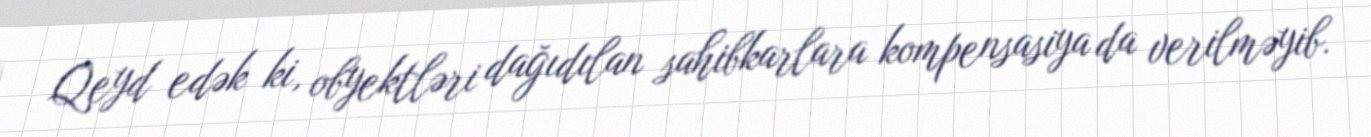
Qeyd edək ki, obyektləri dağıdılan sahibkarlara kompensasiya da verilməyib.